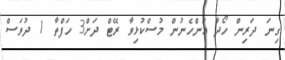
ގިނަ ދަރިން ހޯދާ އަންހެނުން މުސްކުޅިވާ ރޭޓް ދަށް3 ހަފްތާ 1 ދުވަސް